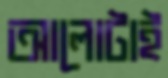
আলোটাই